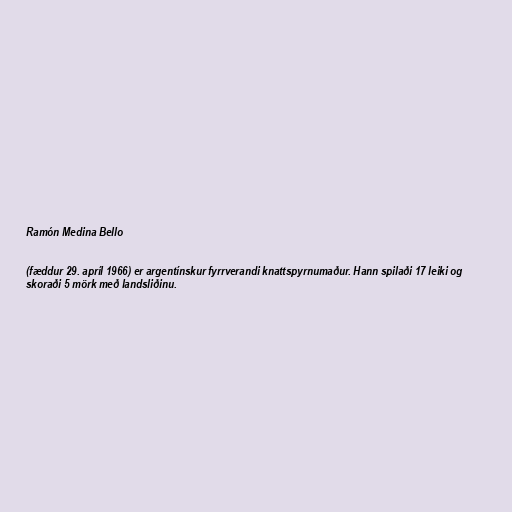
Ramón Medina Bello

(fæddur 29. apríl 1966) er argentínskur fyrrverandi knattspyrnumaður. Hann spilaði 17 leiki og
skoraði 5 mörk með landsliðinu.